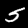
Label: 5